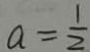
a = \frac { 1 } { 2 }